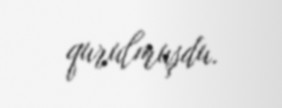
qurulmuşdu.